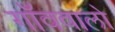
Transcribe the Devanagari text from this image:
गाँववालो